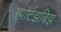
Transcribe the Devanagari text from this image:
स्पोर्टझबिझ